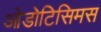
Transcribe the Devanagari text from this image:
ओडोटिसिमस